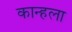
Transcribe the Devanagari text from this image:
कान्हला